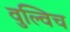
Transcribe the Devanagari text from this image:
वुल्विच